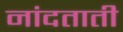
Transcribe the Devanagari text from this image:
नांदताती